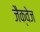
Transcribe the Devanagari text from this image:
जैक्वेज